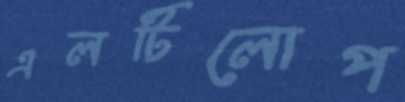
এলটিলোপ